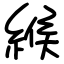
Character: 緱